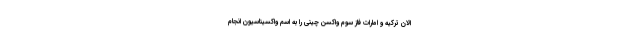
الان ترکیه و امارات فاز سوم واکسن چینی را به اسم واکسیناسیون انجام